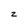
Character: z